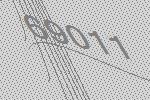
69011